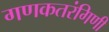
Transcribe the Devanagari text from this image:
गणकतरंगिणी